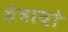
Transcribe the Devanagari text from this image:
सेवायो